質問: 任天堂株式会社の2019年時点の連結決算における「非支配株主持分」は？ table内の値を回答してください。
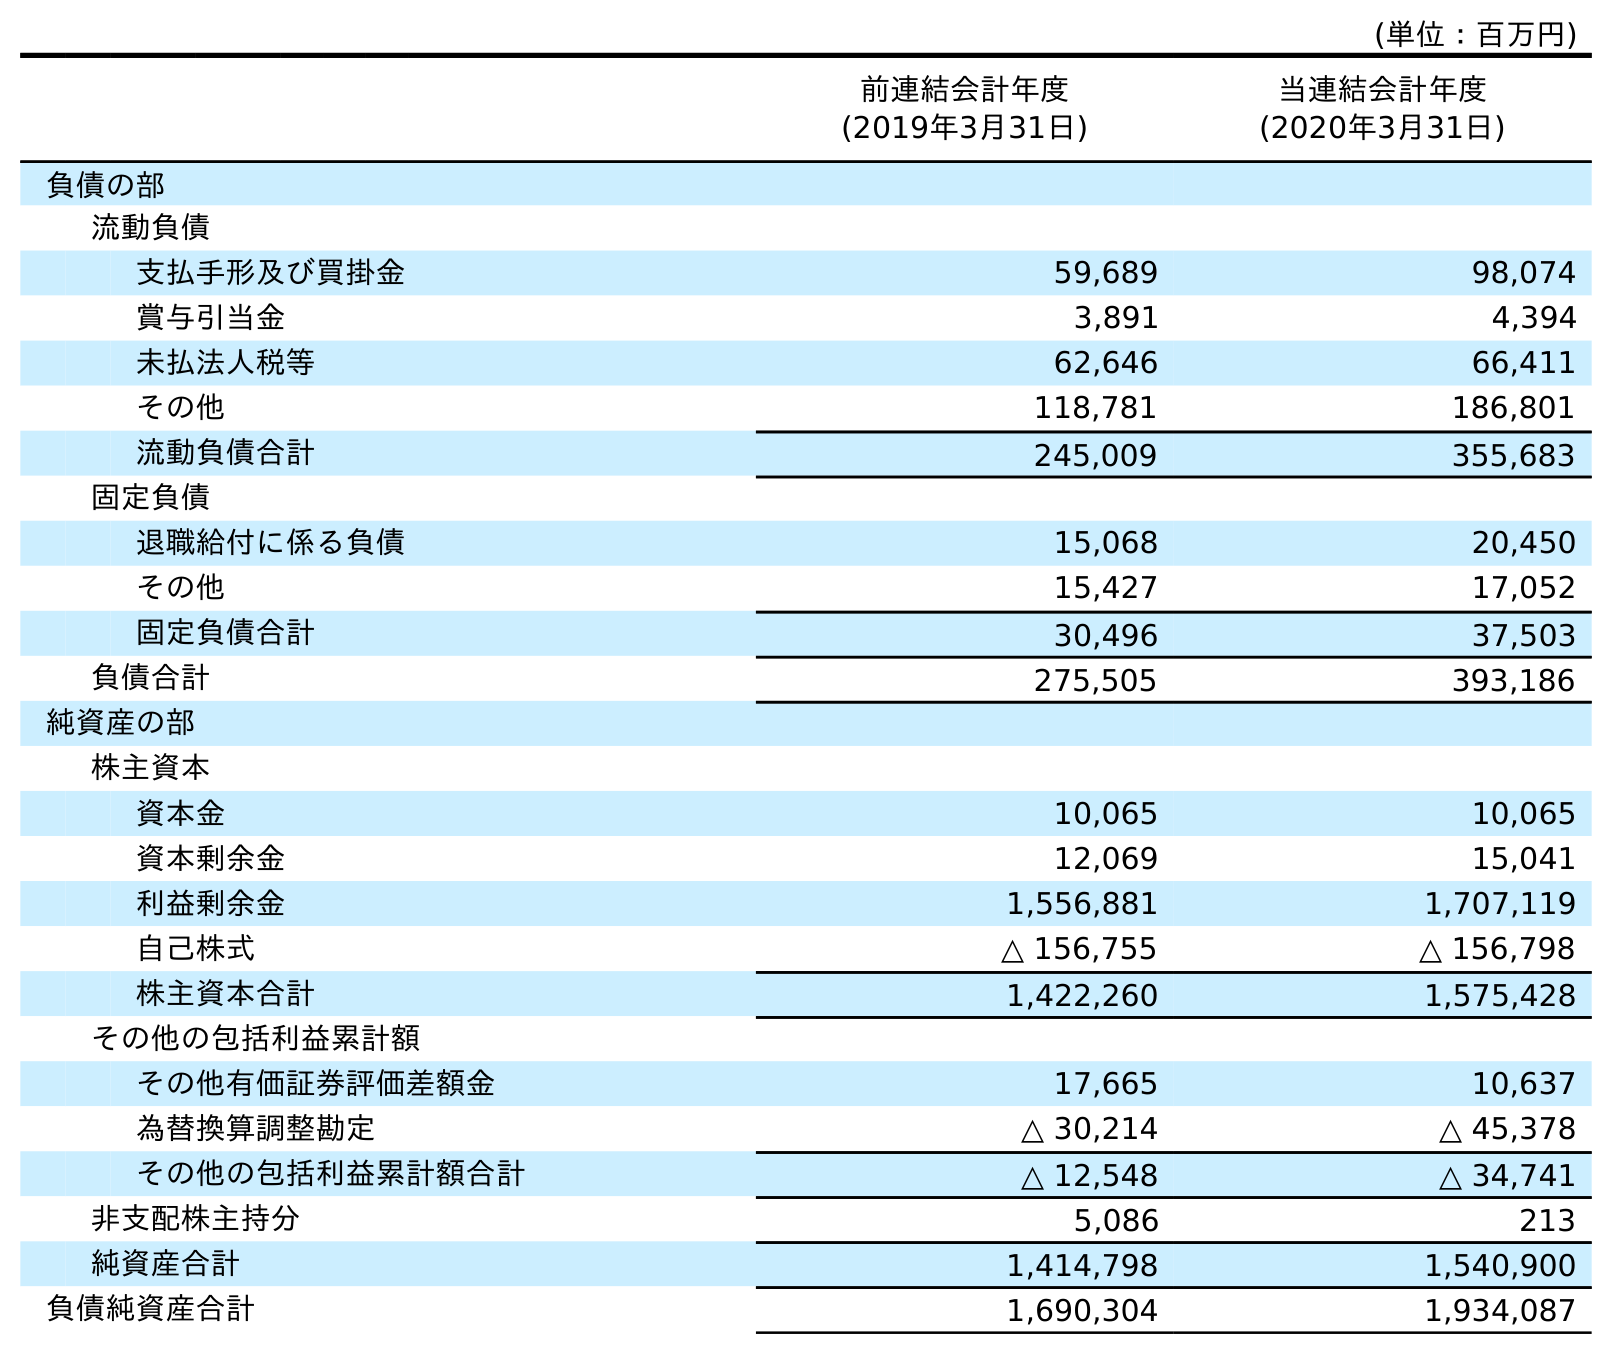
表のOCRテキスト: (単位：百万円) 前連結会計年度 (2019年3月31日) 当連結会計年度 (2020年3月31日) 負債の部 流動負債 支払手形及び買掛金 59,689 98,074 賞与引当金 3,891 4,394 未払法人税等 62,646 66,411 その他 118,781 186,801 流動負債合計 245,009 355,683 固定負債 退職給付に係る負債 15,068 20,450 その他 15,427 17,052 固定負債合計 30,496 37,503 負債合計 275,505 393,186 純資産の部 株主資本 資本金 10,065 10,065 資本剰余金 12,069 15,041 利益剰余金 1,556,881 1,707,119 自己株式 △ 156,755 △ 156,798 株主資本合計 1,422,260 1,575,428 その他の包括利益累計額 その他有価証券評価差額金 17,665 10,637 為替換算調整勘定 △ 30,214 △ 45,378 その他の包括利益累計額合計 △ 12,548 △ 34,741 非支配株主持分 5,086 213 純資産合計 1,414,798 1,540,900 負債純資産合計 1,690,304 1,934,087
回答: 5,086